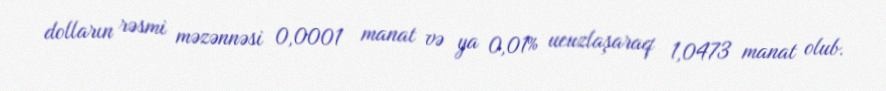
dolların rəsmi məzənnəsi 0,0001 manat və ya 0,01% ucuzlaşaraq 1,0473 manat olub.